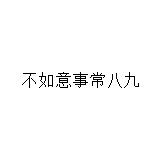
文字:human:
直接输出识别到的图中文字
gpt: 不如意事常八九